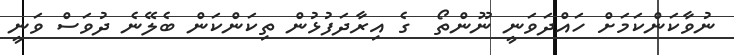
ނުވާކަންކަމަށް ހައްދަވަނީ ނޫންތޯ  ގެ އިރާދަފުޅުން ތިކަންކަން ބެލޭނެ ދުވަސް ވަނީ